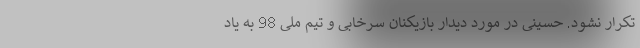
تکرار نشود. حسینی در مورد دیدار بازیکنان سرخابی و تیم ملی 98 به یاد